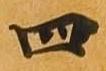
四